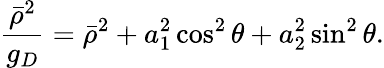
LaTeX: {\frac{\bar{\rho}^{2}}{g_{D}}}=\bar{\rho}^{2}+a_{1}^{2}\cos^{2}\theta+a_{2}^{2}\sin^{2}\theta.